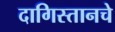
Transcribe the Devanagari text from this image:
दागिस्तानचे